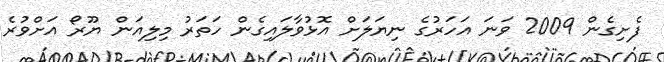
ފެށިގެން 2009 ވަނަ އަހަރުގެ ނިޔަލަށް އޮޅުވާލައިގެން ހަތަރު މިލިއަން ޔޫރޯ އަށްވުރެ